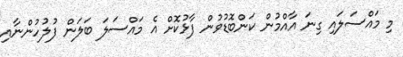
މި މައްސަލައި ގިނަ އާއްމުން ކަންބޮޑުވުން ފާޅުކޮށް އެ މައްސަލަ ބަލަން ފުލުހުންނާއި